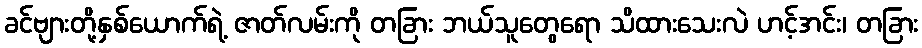
ခင်ဗျားတို့နှစ်ယောက်ရဲ့ ဇာတ်လမ်းကို တခြား ဘယ်သူတွေရော သိထားသေးလဲ ဟင့်အင်း၊ တခြား